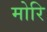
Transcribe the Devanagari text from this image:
मोरि